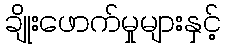
ချိုးဖောက်မှုများနှင့်